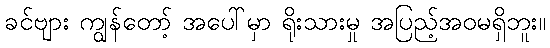
ခင်ဗျား ကျွန်တော့် အပေါ်မှာ ရိုးသားမှု အပြည့်အဝမရှိဘူး။